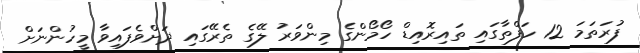
ފުރަތަމަ 12 ހަފްތާގައި ތައިރޮއިޑް ހޯމޯންގެ މިންވަރު ލޭގެ ތެރޭގައި ދަށްވެފައިވާ މީހުންނަށް